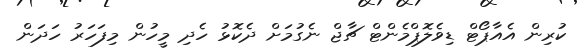
ކުރިން އެއާޕޯޓް ޑިވެލޮޕްމެންޓް ޗާޖް ނެގުމަށް ދެކޮޅު ހެދި މީހުން މިފަހަރު ހަދަން